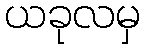
ယခုလမှ